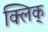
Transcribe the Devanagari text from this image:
क्लिक्